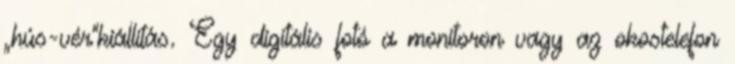
„hús-vér”kiállítás. Egy digitális fotó a monitoron vagy az okostelefon